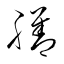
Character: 膳